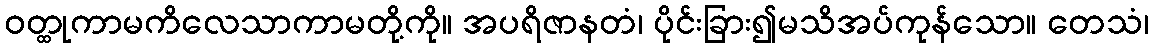
ဝတ္ထုကာမကိလေသာကာမတို့ကို။ အပရိဇာနတံ၊ ပိုင်းခြား၍မသိအပ်ကုန်သော။ တေသံ၊